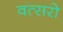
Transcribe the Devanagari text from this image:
वत्सरो